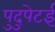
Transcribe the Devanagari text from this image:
पुदुपेटई